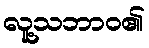
လူ့သဘာဝ၏